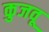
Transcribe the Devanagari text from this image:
कुजवू